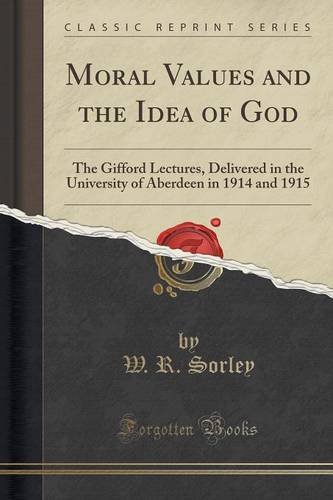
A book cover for Moral Values and the Idea of God: The Gifford Lectures, Delivered in the University of Aberdeen in 1914 and 1915 (Classic Reprint); W. R. Sorley; Literature & Fiction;